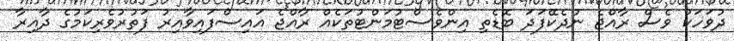
ދުވަހަކު ވެސް ރާއްޖެ ނުދެކޭފަދަ ބޮޑެތި އިންވެސްޓުމަންޓުތަކެއް ރާއްޖެ އައިސްފައިވާއިރު ފަތުރުވެރިކަމުގެ ދާއިރާ